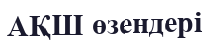
АҚШ өзендері